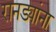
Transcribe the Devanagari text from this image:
रानड्यांना